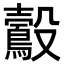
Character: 鷇